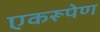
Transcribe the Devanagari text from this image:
एकरूपेण